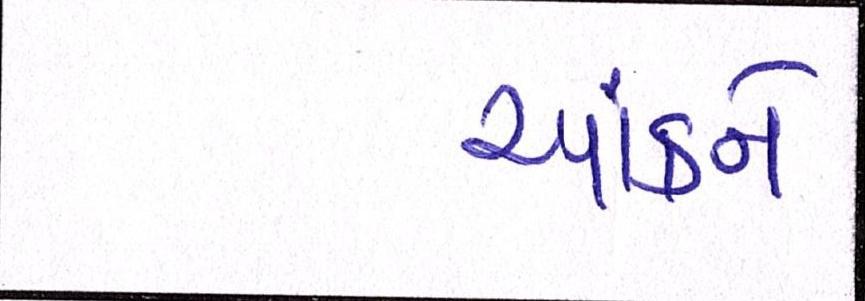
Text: આંકને